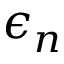
\epsilon _ { n }